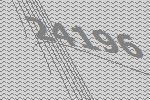
24196